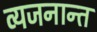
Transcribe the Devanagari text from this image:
व्यजनान्त